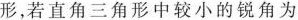
形，若直角三角形中较小的锐角为